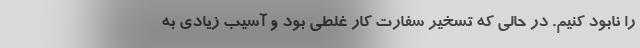
را نابود کنیم. در حالی که تسخیر سفارت کار غلطی بود و آسیب زیادی به